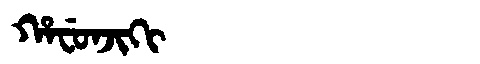
Manchu: ᡥᠠᠸᡠᠨᠵᡳᡴᡳ
Romanization: HAFUNJIKI